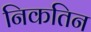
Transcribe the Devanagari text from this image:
निकतिन